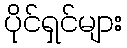
ပိုင်ရှင်များ